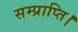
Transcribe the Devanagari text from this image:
सम्प्राप्ति।